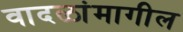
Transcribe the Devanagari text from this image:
वादळांमागील